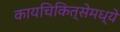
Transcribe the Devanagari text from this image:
कायचिकित्सेमध्ये